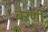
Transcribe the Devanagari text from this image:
बरणी